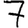
Digit: 7